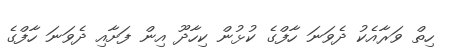
ހިތް ވަރާއެކު ދެވަނަ ހާފްގެ ކުޅުން ކިހާދޫ އިން ފަށާއި ދެވަނަ ހާފްގެ